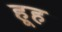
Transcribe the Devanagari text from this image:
हूह